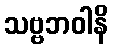
သဗ္ဗဘဝါနိ